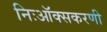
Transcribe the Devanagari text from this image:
निःऑक्सकरणी